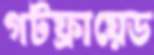
গটফ্রায়েড